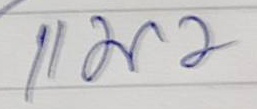
แมว